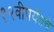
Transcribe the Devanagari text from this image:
१२वीपर्यंतचे